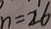
n = 2 6